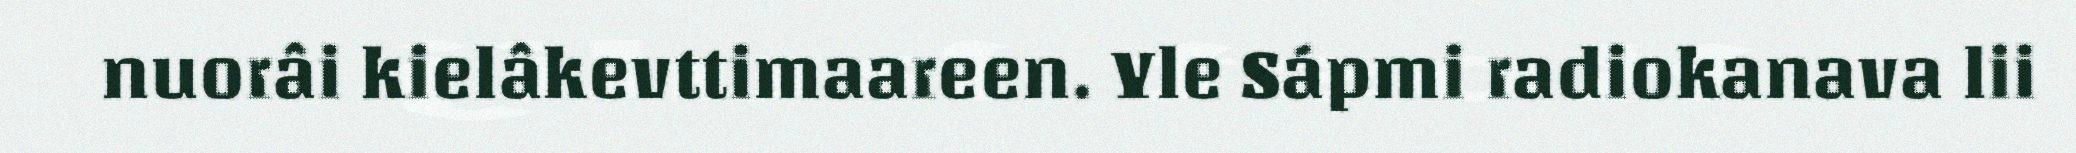
nuorâi kielâkevttimaareen. Yle Sápmi radiokanava lii